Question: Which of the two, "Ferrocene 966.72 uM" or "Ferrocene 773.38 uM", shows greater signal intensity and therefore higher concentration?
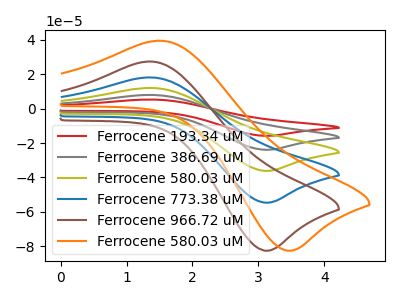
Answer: <think>The red curve "Ferrocene 193.34 uM" has an anodic peak at (1.35V, 72.25uA) and a cathodic peak at (3.15V, -218.45uA). The gray curve "Ferrocene 386.69 uM" has an anodic peak at (1.35V, 54.20uA) and a cathodic peak at (3.15V, -163.85uA). The olive curve "Ferrocene 580.03 uM" has an anodic peak at (1.35V, 36.15uA) and a cathodic peak at (3.15V, -109.25uA). The blue curve "Ferrocene 773.38 uM" has an anodic peak at (1.35V, 18.05uA) and a cathodic peak at (3.15V, -54.60uA). The brown curve "Ferrocene 966.72 uM" has an anodic peak at (1.35V, 27.30uA) and a cathodic peak at (3.15V, -82.50uA). The orange curve "Ferrocene 580.03 uM" has an anodic peak at (1.50V, 39.35uA) and a cathodic peak at (3.50V, -82.50uA).
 All the peaks in "Ferrocene 966.72 uM" have a peak in "Ferrocene 773.38 uM" at the same potential. Every peak in "Ferrocene 966.72 uM" is higher than every peak in "Ferrocene 773.38 uM".</think>
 <answer>"Ferrocene 966.72 uM" has more signal than "Ferrocene 773.38 uM" and so likely has a higher concentration.</answer>
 <eval>more_concentration</eval>